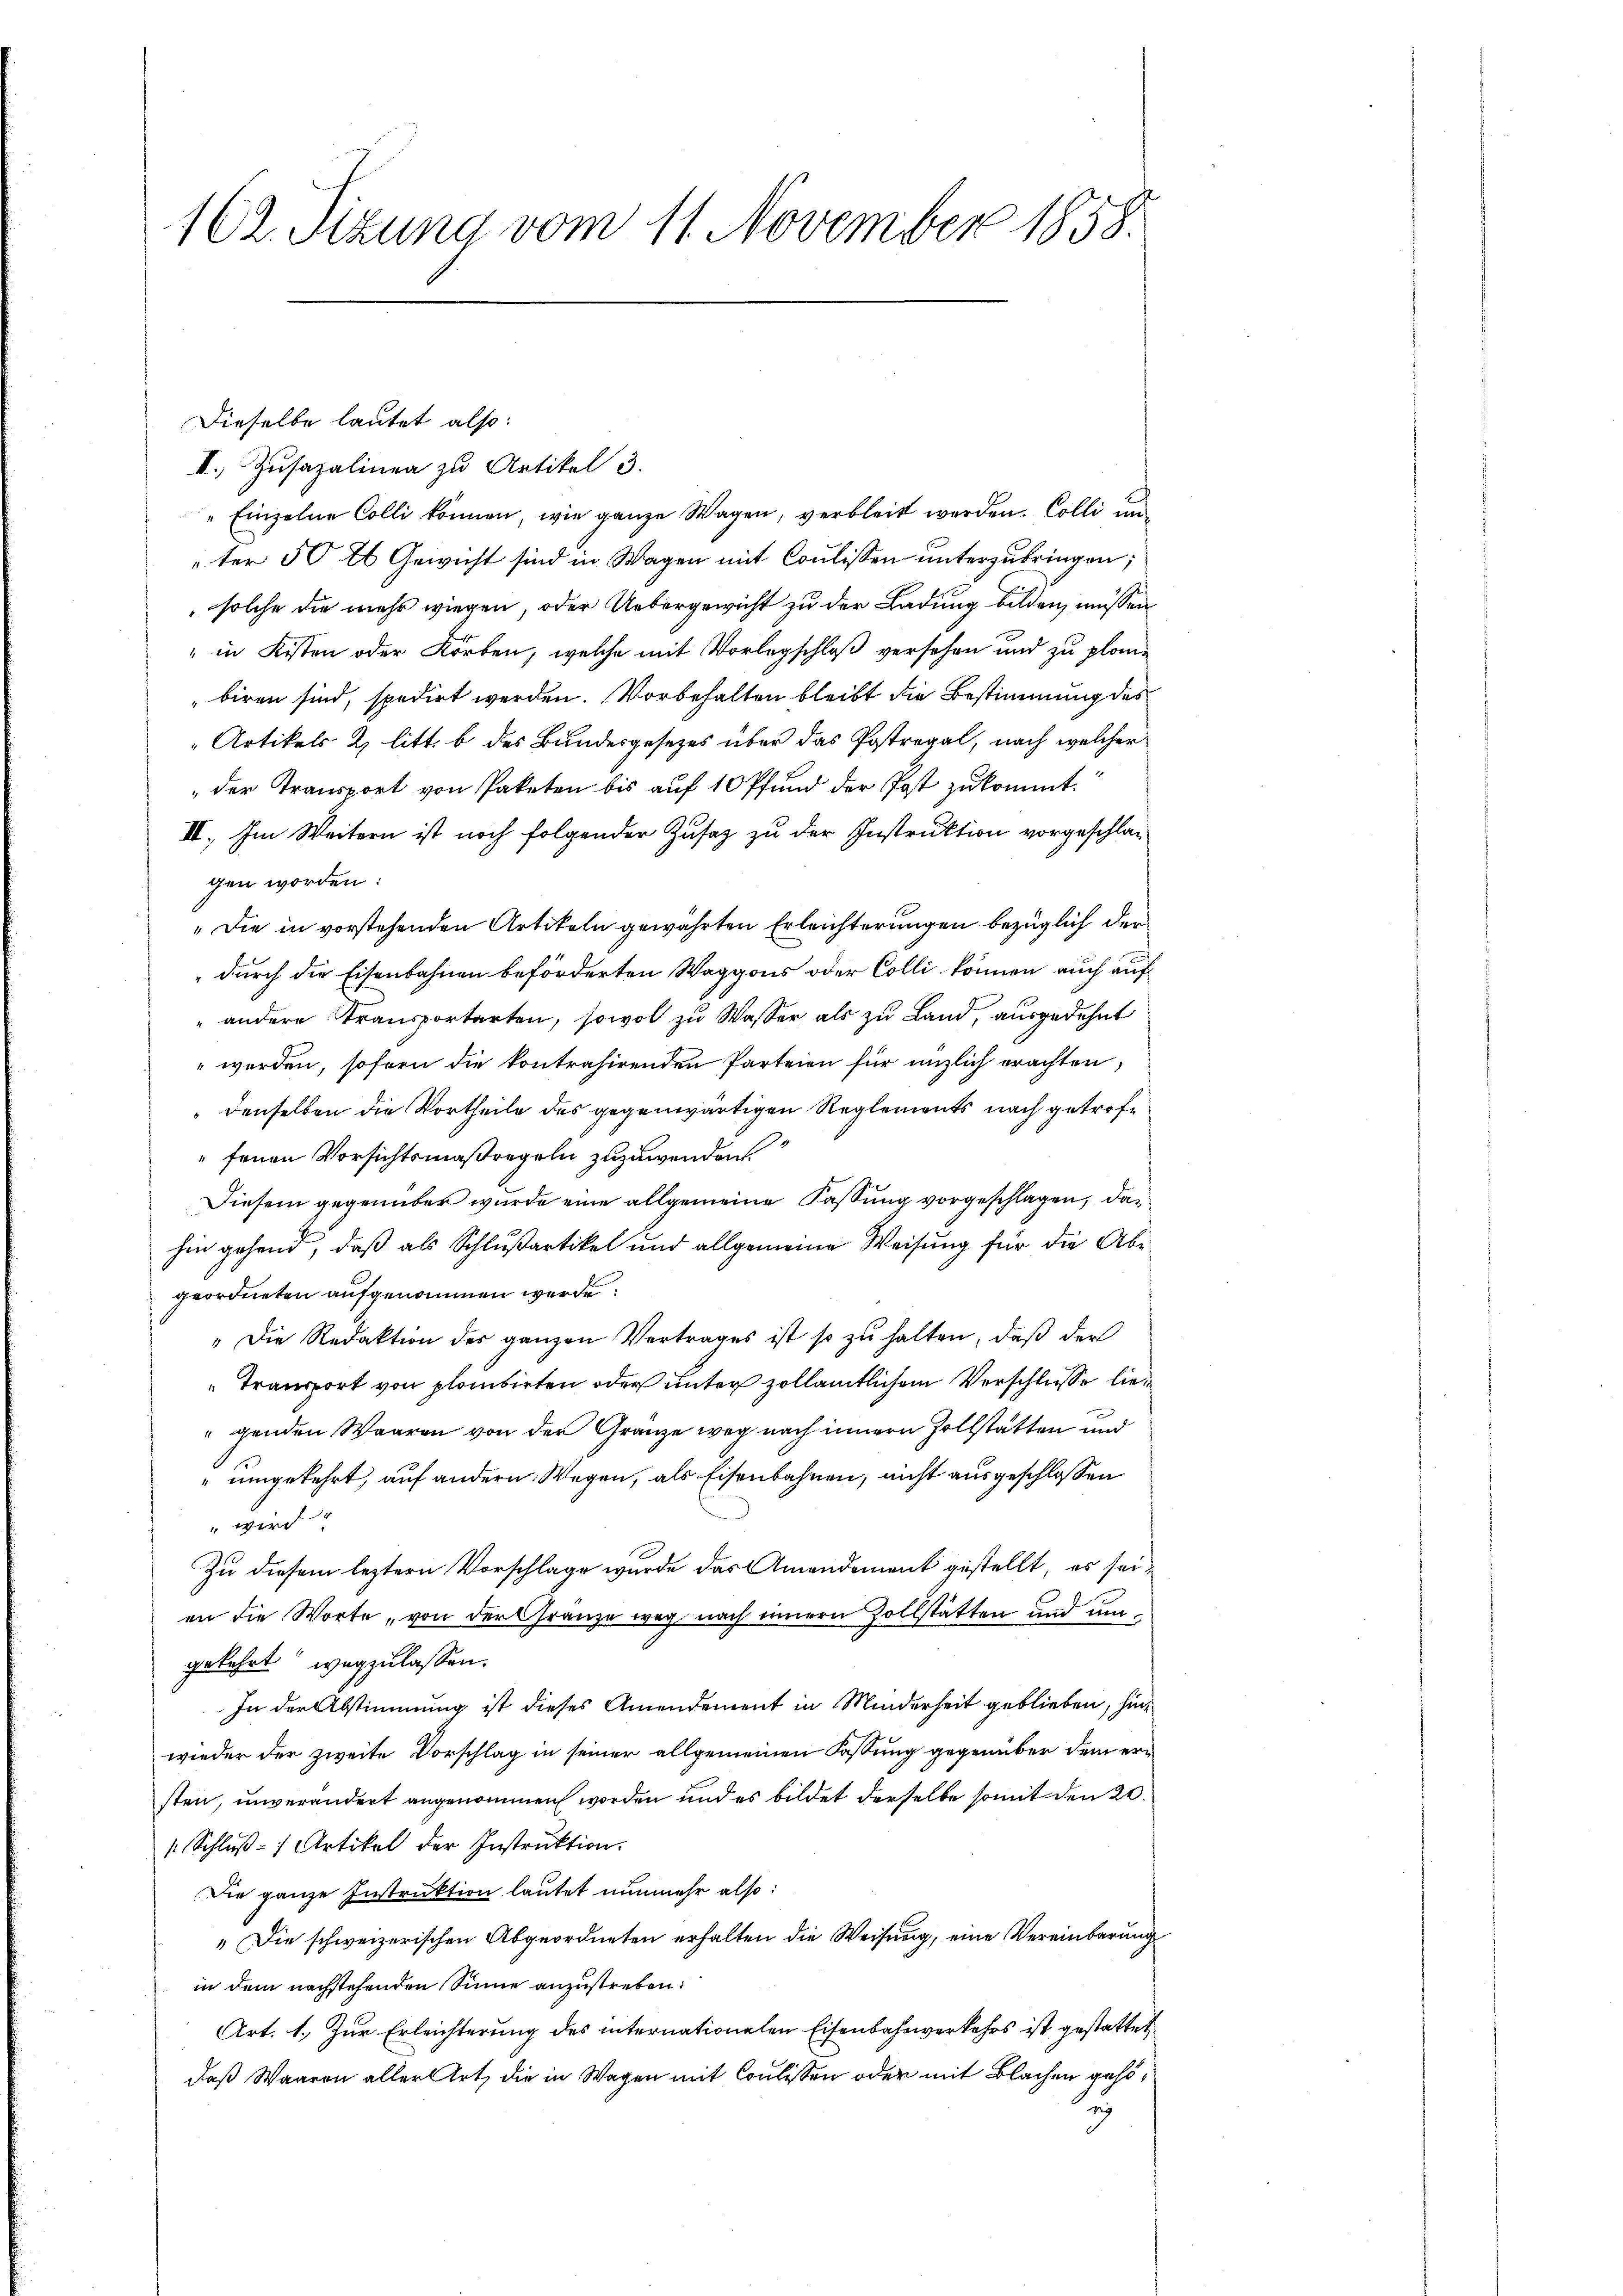
162. Sizung vom 11. November 1858.

Dieselbe lautet also:
II.) Zusazalinen zu Artikel 3.
" Einzelne Colli können, wie ganze Wagen, verbleibt werden. Colli un
ter 50 l. Gewicht sind in Wagen mit Coulissen unterzubringen;
solche die mehr wiegen, oder Uebergewicht zu der Ladung bilden, müssen
" in Kisten oder Korben, welche mit Vorlegschloß versehen und zu plan.
biren sind, spedirt werden. Vorbehalten bleibt die Bestimmung des
Artikels 2. litt. b des Bundesgesezes über das Postregal, nach welcher
der Transport von Paketen bis auf 10 Pfund der Post zukommt.
II. Im Weitern ist noch folgender Zusatz zu der Instruktion vorgeschlagen worden:
„Die in vorstehenden Artikeln gewährten Erleichterungen bezüglich der
" durch die Eisenbahnen beförderten Waggons oder Colli können auch auf
" andere Transportarten, sowol zu Wasser als zu Land, ausgedehnt
 werden, sofern die kontrahirenden Parteien für unzlich erachten,
denselben die Vortheile des gegenwärtigen Reglements nach getroffenen Vorsichtsmaßregeln zuzuwenden.
Diesem gegenüber wurde eine allgemeine Fassung vorgeschlagen, das
hin gehend, daß als Schlußartikel und allgemeine Weisung für die Abgeordneten aufgenommen werde.
"Die Redaktion der ganzen Vertrages ist so zŭ halten, daß der
Transport von plombirten oder unter zollämtlichem Verschlusse liegenden Waaren von der Granze weg nach innern Zollstatten und
" umgekehrt, auf andern Wegen, als Eisenbahnen, nicht ausgeschlossen
ir
Zu diesem leztern Vorschlage wurde das Amandement gestellt, es seian die Worte, von der Gränze weg nach innern Zollstätten und umgekehrt wegzulassen.
In der Abstimmung ist dieses Amendement in Minderheit geblieben, hinwieder der zweite Vorschlag in seiner allgemeinen Fassung gegenüber dem ersten, unverändert angenommen worden und es bildet derselbe somit den 20.
/ Schlŭβ: 7 Artikel der Instrŭktion.
Die ganze Instruktion lautet nunmehr also:
„Die schweizerischen Abgeordneten erhalten die Weisung, eine Vereinbarung
in dem nachstehenden Sinne anzustreben:
Art. 1. Zur Erleichterung des internationelen Eisenbahnverkehrs ist gestattet
daß Waaren aller Art, die in Wagen mit Coulissen oder mit Blachen gehö¬
u